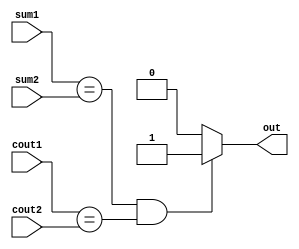
/*
   This file was generated automatically by Alchitry Labs version 1.2.1.
   Do not edit this file directly. Instead edit the original Lucid source.
   This is a temporary file and any changes made to it will be destroyed.
*/

module checker_2 (
    input sum1,
    input cout1,
    input sum2,
    input cout2,
    output reg out
  );
  
  
  
  always @* begin
    if (sum1 == sum2 && cout1 == cout2) begin
      out = 1'h1;
    end else begin
      out = 1'h0;
    end
  end
endmodule